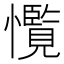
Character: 𢥊